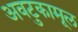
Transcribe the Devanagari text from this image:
अवटुकामूल